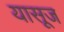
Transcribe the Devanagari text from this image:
यासूज